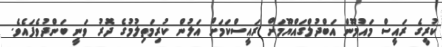
ކުރީގެ ރައީސް މައުމޫން އަބްދުލްގައްޔޫމަށް ރައީސްކަމަށް އަލުން ކުރިމަތިލުމުގެ ދޮރު ވަނީ ބަންދުވެފައެވެ.